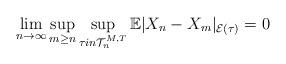
LaTeX: \begin{align*}\lim_{n \rightarrow \infty}\sup_{m \geq n}\sup_{\tau in \mathcal{T}_n^{M,T}}\mathbb{E}|X_n - X_m|_{\mathcal{E}(\tau)} = 0\end{align*}